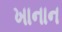
ખાનાન